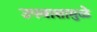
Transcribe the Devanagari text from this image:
उपवासामुळे